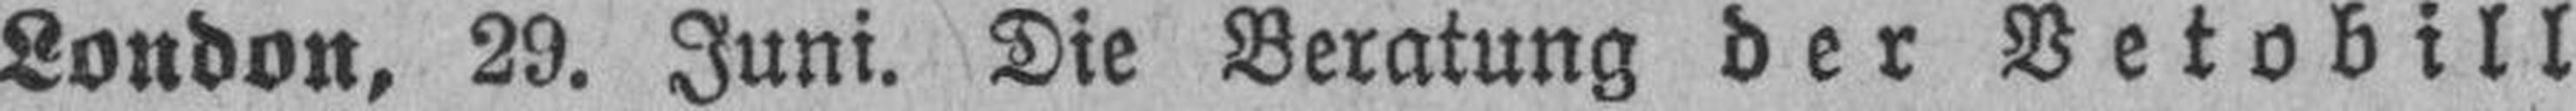
London, 29. Juni. Die Beratung der Vetobill